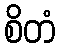
စိတံ